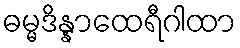
ဓမ္မဒိန္နာထေရီဂါထာ